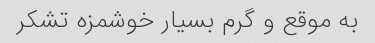
به موقع و گرم بسیار خوشمزه تشکر